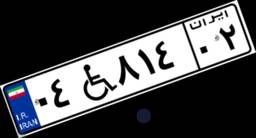
۶۴W۰۹۵۶۵